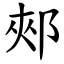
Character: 郟